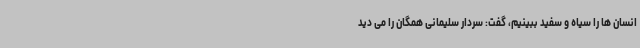
انسان ها را سیاه و سفید ببینیم، گفت: سردار سلیمانی همگان را می دید